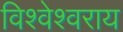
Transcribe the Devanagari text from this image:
विश्वेश्वराय